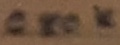
Text: 680K